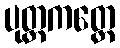
ပုတ္တကတ္တေ